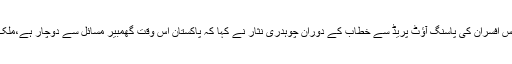
اس سے قبل اے ایس پی رینک کے پولیس افسران کی پاسنگ آؤٹ پریڈ سے خطاب کے دوران چوہدری نثار نے کہا کہ پاکستان اس وقت گھمبیر مسائل سے دوچار ہے،ملک کا سب بڑا مسئلہ قومی سلامتی کا ہے۔